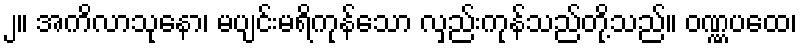
၂။ အကိလာသုနော၊ မပျင်းမရိကုန်သော လှည်းကုန်သည်တို့သည်။ ဝဏ္ဏပထေ၊